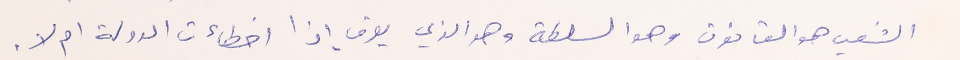
الشعب هو القانون وهو السلطة وهو الذي يعرف إذا اخطاءت الدولة ام لا.